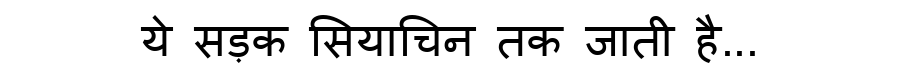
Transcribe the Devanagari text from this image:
ये सड़क सियाचिन तक जाती है...